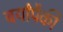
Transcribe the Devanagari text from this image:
बर्यांपैकी